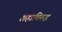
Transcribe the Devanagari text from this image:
शहाविरुद्ध